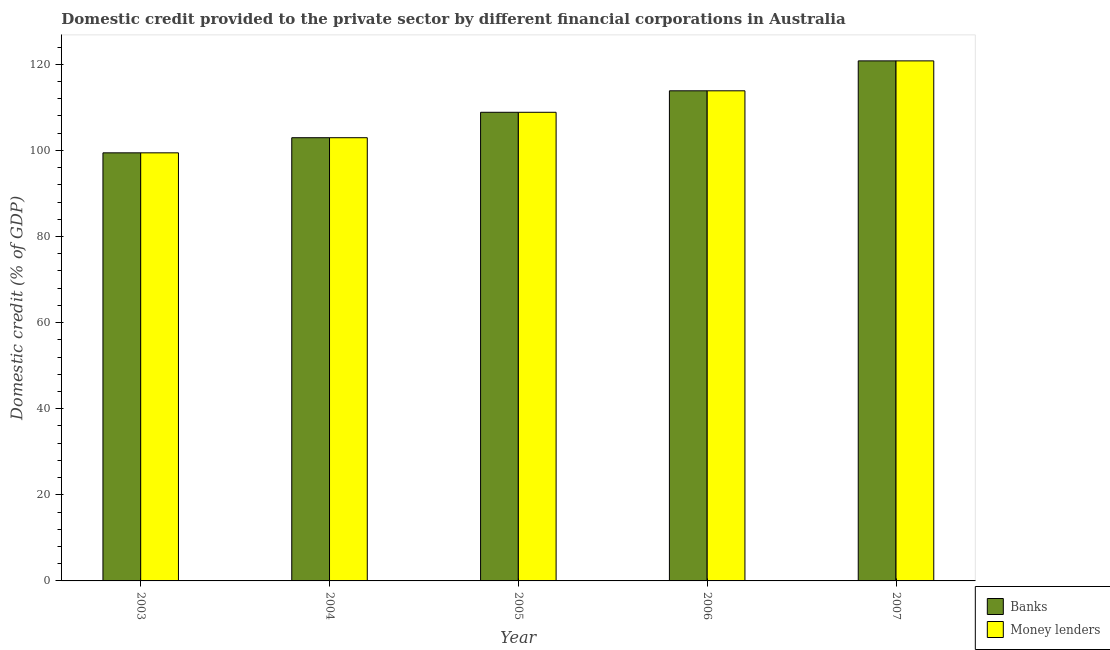
| Year | Banks | Money lenders |
 | --- | --- | --- |
 | 2003 | 99.4 | 99.4 |
 | 2004 | 103 | 103 |
 | 2005 | 109 | 109 |
 | 2006 | 114 | 114 |
 | 2007 | 121 | 121 |